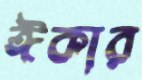
ঈকার